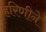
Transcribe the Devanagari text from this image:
हरिणीने